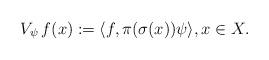
LaTeX: \begin{align*}V_{\psi}\,f(x) := \langle f, \pi(\sigma(x))\psi \rangle, x \in X.\end{align*}